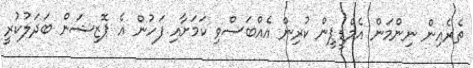
ތެރެއިން ނިންމަން އެމްޑީޕީން ކުރިން އެއްބަސްވި ކަމަށާއި ފަހުން އެ ޕޮޒިޝަން ބަދަލުކުރީ